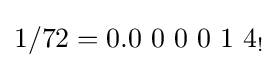
1/72=0.0\ 0\ 0\ 0\ 1\ 4_{!}